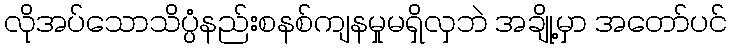
လိုအပ်သောသိပ္ပံနည်းစနစ်ကျနမှုမရှိလှဘဲ အချို့မှာ အတော်ပင်